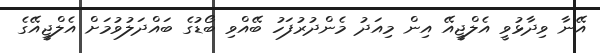
އޭނާ ވިދާޅުވީ އެލްޖީއޭ އިން މިއަދު މެންދުރުފަހު ބޭއްވި ބޯޑުގެ ބައްދަލުވުމަށް އެލްޖީއޭގެ